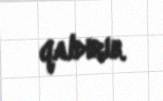
qaldırıb.